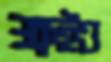
ক্ষইও